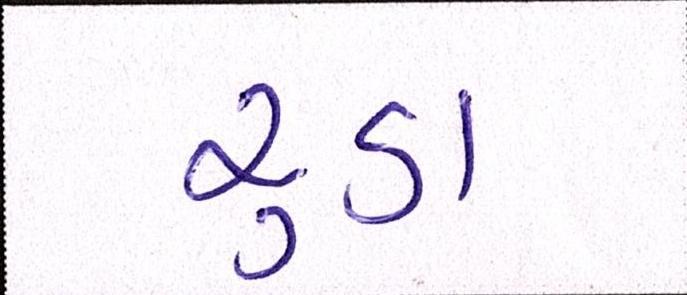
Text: રૂડા